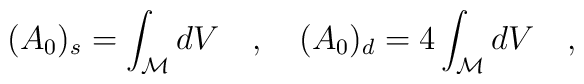
(A_0)_s=\int_{\cal M}dV~~~,~~~(A_0)_d=4\int_{\cal M}dV~~~,